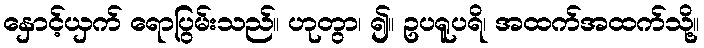
နှောင့်ယှက် ရောပြွမ်းသည်။ ဟုတွာ၊ ၍။ ဥပရူပရိ၊ အထက်အထက်သို့။